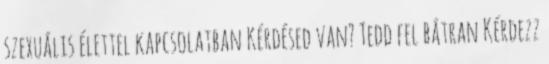
szexuális élettel kapcsolatban Kérdésed van? Tedd fel bátran Kérdezz